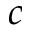
c